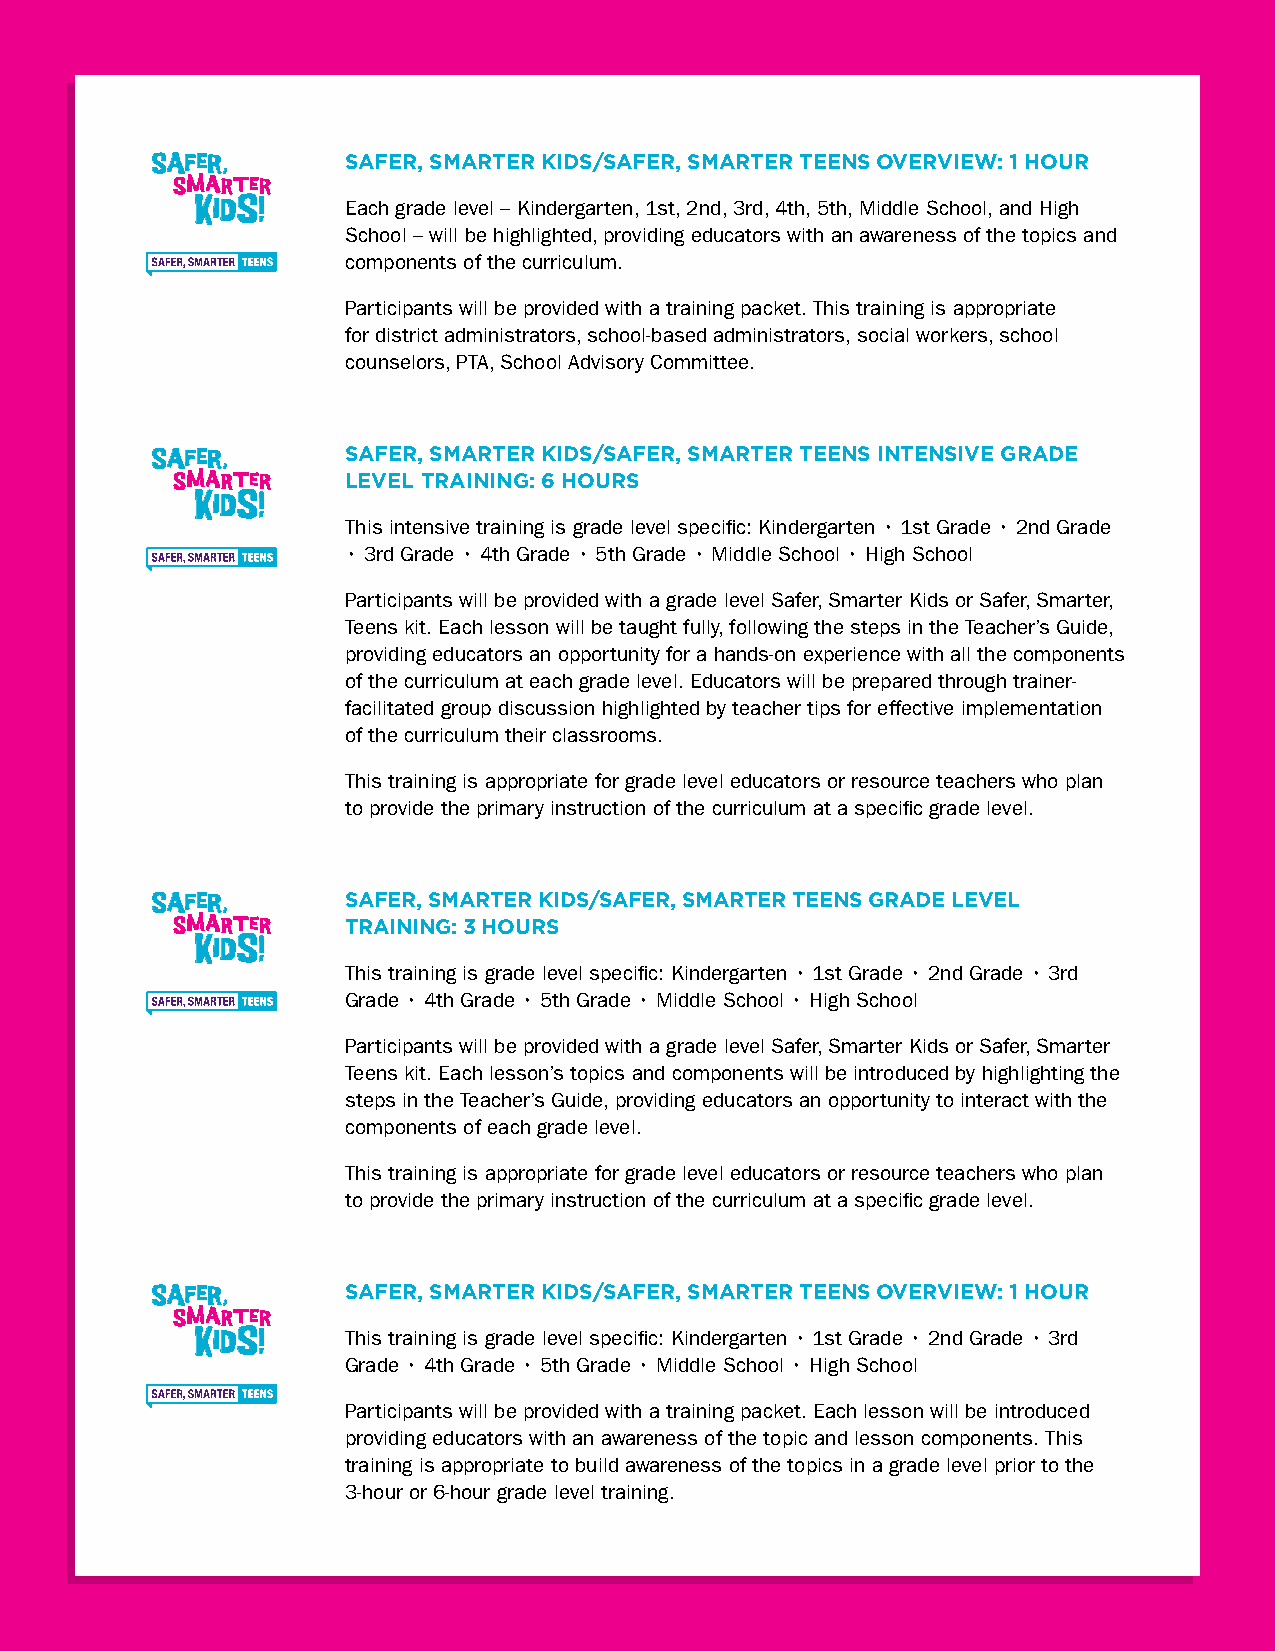
SAFER, SMARTER KIDS/SAFER, SMARTER TEENS OVERVIEW: 1 HOUR
 Each grade level – Kindergarten, 1st, 2nd, 3rd, 4th, 5th, Middle School, and High
 School – will be highlighted, providing educators with an awareness of the topics and
 components of the curriculum.
 Participants will be provided with a training packet. This training is appropriate
 for district administrators, school-based administrators, social workers, school
 counselors, PTA, School Advisory Committee.
 SAFER, SMARTER KIDS/SAFER, SMARTER TEENS INTENSIVE GRADE
 LEVEL TRAINING: 6 HOURS
 This intensive training is grade level specific: Kindergarten • 1st Grade • 2nd Grade
 • 3rd Grade • 4th Grade • 5th Grade • Middle School • High School
 Participants will be provided with a grade level Safer, Smarter Kids or Safer, Smarter,
 Teens kit. Each lesson will be taught fully, following the steps in the Teacher’s Guide,
 providing educators an opportunity for a hands-on experience with all the components
 of the curriculum at each grade level. Educators will be prepared through trainer-
 facilitated group discussion highlighted by teacher tips for effective implementation
 of the curriculum their classrooms.
 This training is appropriate for grade level educators or resource teachers who plan
 to provide the primary instruction of the curriculum at a specific grade level.
 SAFER, SMARTER KIDS/SAFER, SMARTER TEENS GRADE LEVEL
 TRAINING: 3 HOURS
 This training is grade level specific: Kindergarten • 1st Grade • 2nd Grade • 3rd
 Grade • 4th Grade • 5th Grade • Middle School • High School
 Participants will be provided with a grade level Safer, Smarter Kids or Safer, Smarter
 Teens kit. Each lesson’s topics and components will be introduced by highlighting the
 steps in the Teacher’s Guide, providing educators an opportunity to interact with the
 components of each grade level.
 This training is appropriate for grade level educators or resource teachers who plan
 to provide the primary instruction of the curriculum at a specific grade level.
 SAFER, SMARTER KIDS/SAFER, SMARTER TEENS OVERVIEW: 1 HOUR
 This training is grade level specific: Kindergarten • 1st Grade • 2nd Grade • 3rd
 Grade • 4th Grade • 5th Grade • Middle School • High School
 Participants will be provided with a training packet. Each lesson will be introduced
 providing educators with an awareness of the topic and lesson components. This
 training is appropriate to build awareness of the topics in a grade level prior to the
 3-hour or 6-hour grade level training.